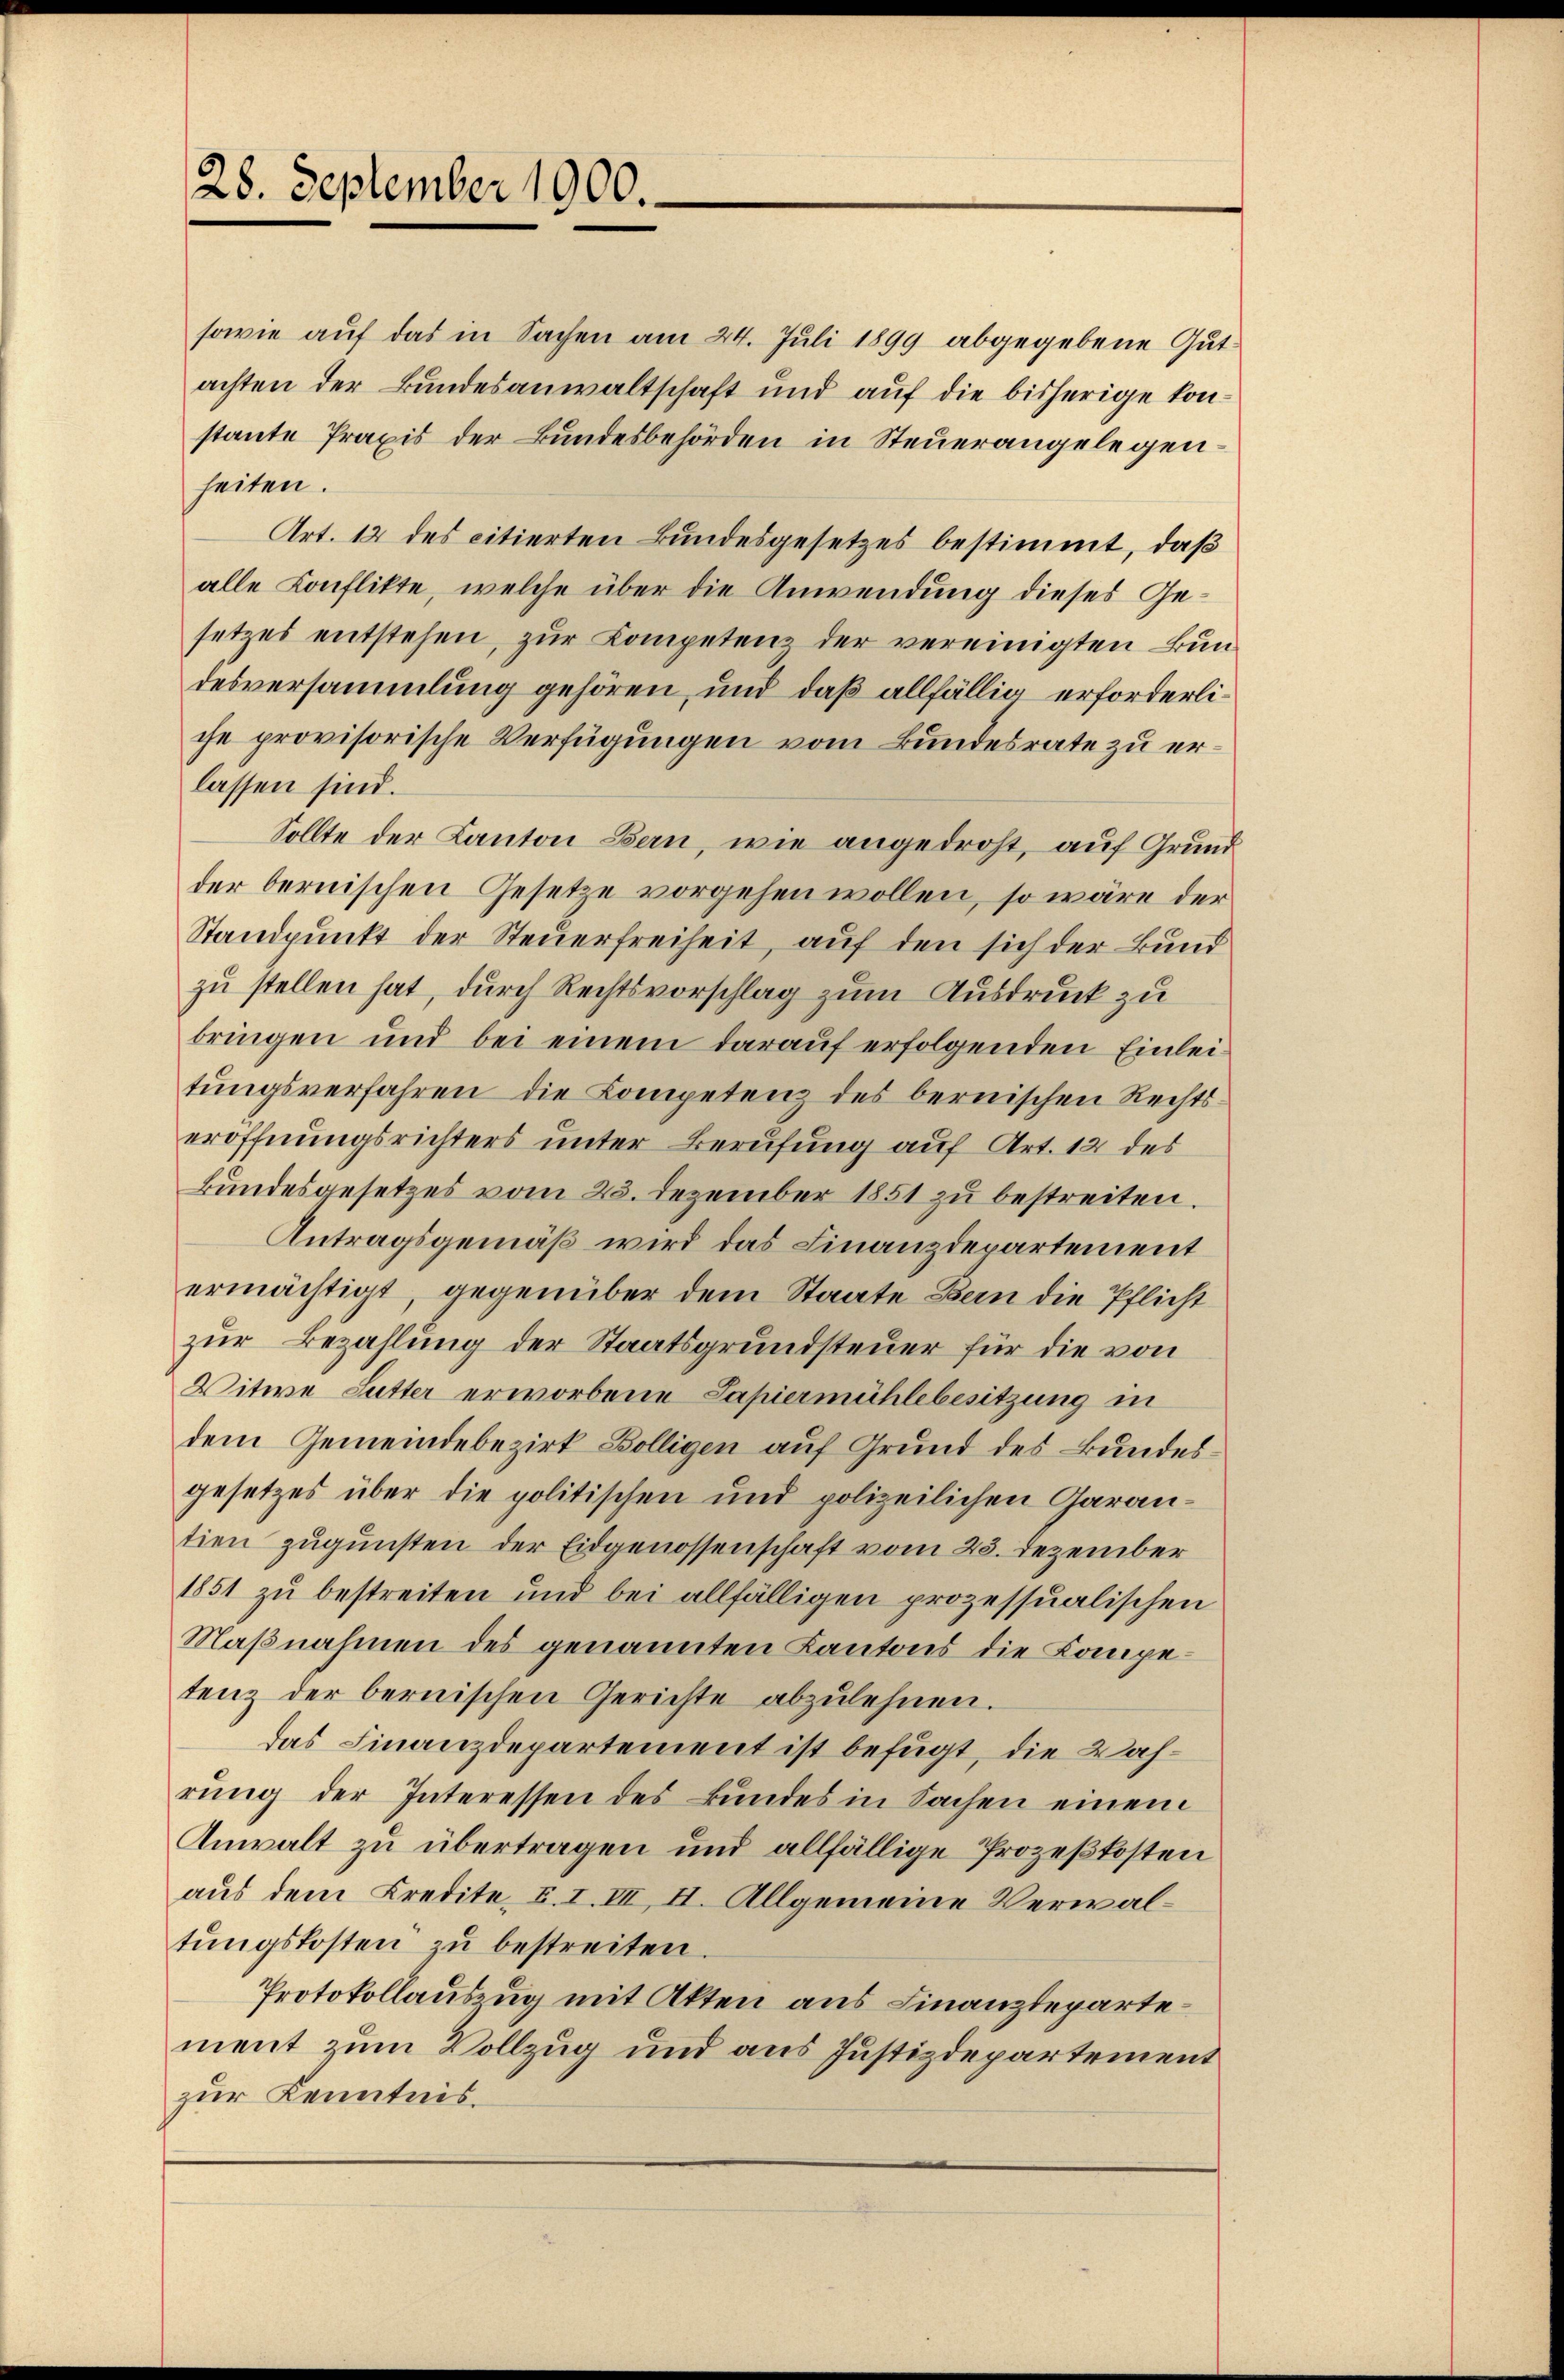
28. September 1900.

sowie auf das in Sachen am 24. Juli 1899 abgegebene Gut
achten der Bundesanwaltschaft und aŭf die bisherige konstante Praxis der Bundesbehörden in Steuerangelegenheiten.
Art. 12 des citierten Bundesgesetzes bestimmt, daß
alle Konflikte, welche über die Anwendung dieses Gesetzes entstehen, zur Competenz der vereinigten Bundesversammlung gehören, und daß allfällig erforderliche provisorische Verfügungen vom Bundesrate zu erlassen sind.
Sollte der Kanton Bern, wie angedroht, auf Grundder bernischen Gesetze vorgehen wollen, so wäre der
Standpunkt der Steuerfreiheit, auf den sich der Bund
zu stellen hat, durch Rechtsvorschlag zum Ausdruck zu
bringen und bei einem darauf erfolgenden Einleitungsverfahren die Kompetenz des bernischen Rechts-
eröffnungsrichters unter Berufung auf Art. 12 des
Bundesgesetzes vom 23. Dezember 1851 zu bestreiten.
Antragsgemäß wird das Finanzdepartement
ermächtigt, gegenüber dem Staate Bern die Pflicht
zŭr Bezahlung der Staatsgrundsteuer für die von
Witwe Sutter erworbene Papiermühlebesitzung in
dem Gemeindebezirk Bölligen auf Grund des Bundesgesetzes über die politischen und polizeilichen Garantien zugunsten der Eidgenossenschaft vom 23. Dezember
1851 zu bestreiten und bei allfälligen prozessualischen
Maßnahmen des genannten Kantons die Kompetenz der bernischen Gerichte abzulehnen.
das Finanzdepartement ist befugt, die Wahrung der Interessen des Bundes in Sachen einem
Anwalt zu übertragen und allfällige Prozeßkosten
aus dem Kredite, u. I. III, II. Allgemeine Verwaltŭngskosten zu bestreiten.
Protokollauszug mit Akten aus Finanzdeparte
ment zum Vollzug und aus Justizdepartement
zur Kenntnis.